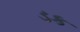
ડક